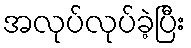
အလုပ်လုပ်ခဲ့ပြီး